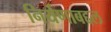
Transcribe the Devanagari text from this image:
निर्यणाबद्दल